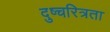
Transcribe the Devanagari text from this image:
दुष्चरित्रता